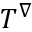
T ^ { \nabla }